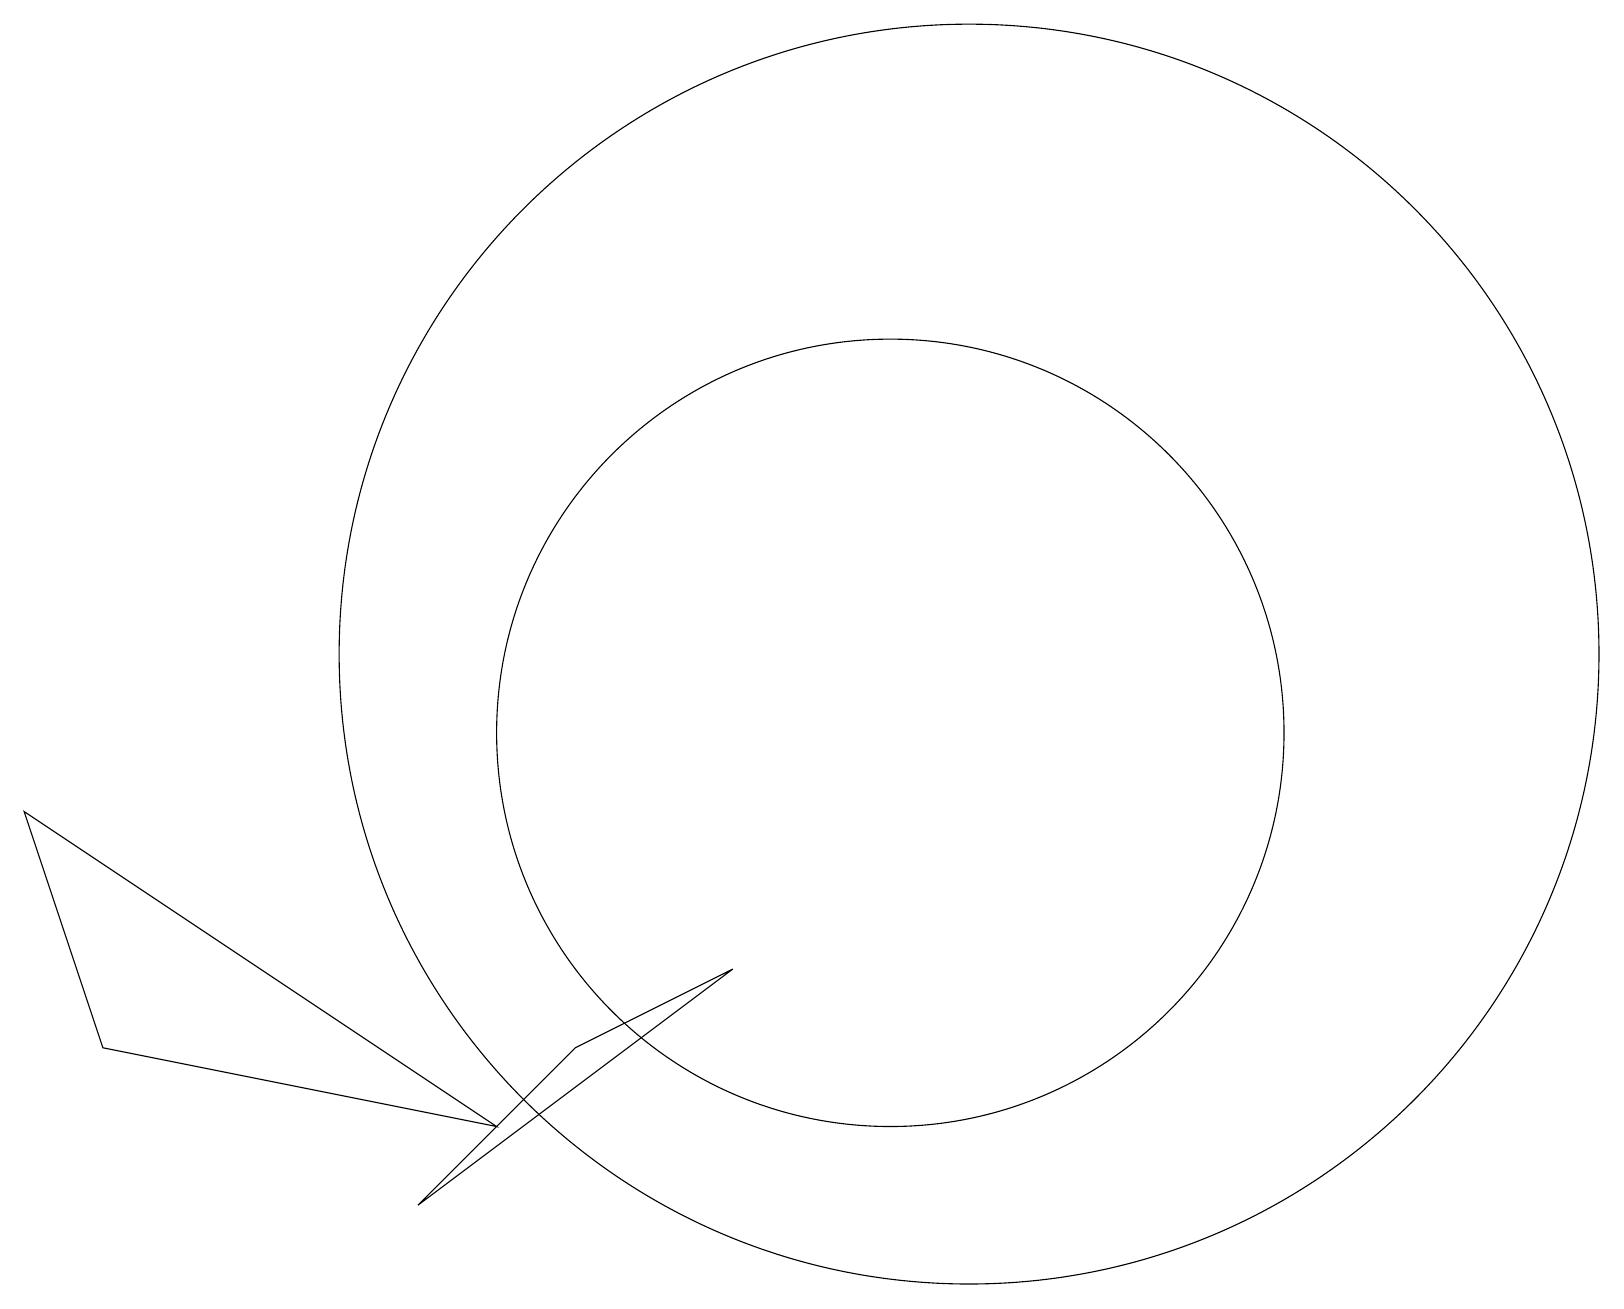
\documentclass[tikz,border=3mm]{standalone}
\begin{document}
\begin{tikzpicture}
\draw (12,11) circle (8);
\draw (5,4) -- (7,6) -- (9,7) -- cycle;
\draw (11,10) circle (5);
\draw (6,5) -- (0,9) -- (1,6) -- cycle;
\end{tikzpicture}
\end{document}